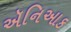
ઍનિઆક